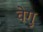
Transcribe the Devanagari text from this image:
वेगु